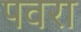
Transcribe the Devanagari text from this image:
पवरा